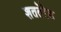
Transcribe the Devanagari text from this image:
शततेरेड